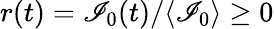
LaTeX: r(t)={\mathscr{I}_{0}(t)}/{\langle\mathscr{I}_{0}\rangle}\ge0